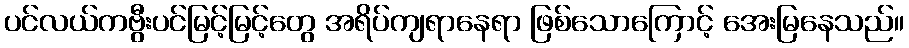
ပင်လယ်ကဗွီးပင်မြင့်မြင့်တွေ အရိပ်ကျရာနေရာ ဖြစ်သောကြောင့် အေးမြနေသည်။